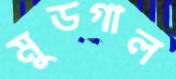
মুডগাল